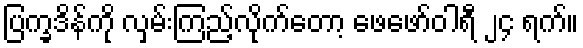
ပြက္ခဒိန်ကို လှမ်းကြည့်လိုက်တော့ ဖေဖော်ဝါရီ ၂၄ ရက်။